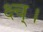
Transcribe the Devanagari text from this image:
क्ष्च्।